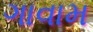
ગાવામ